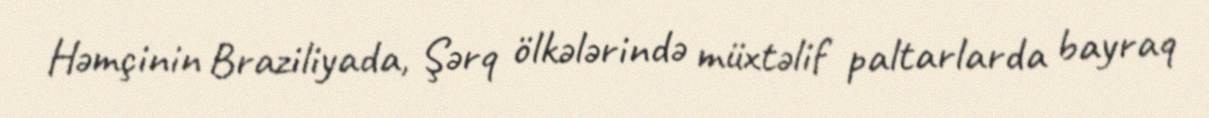
Həmçinin Braziliyada, Şərq ölkələrində müxtəlif paltarlarda bayraq